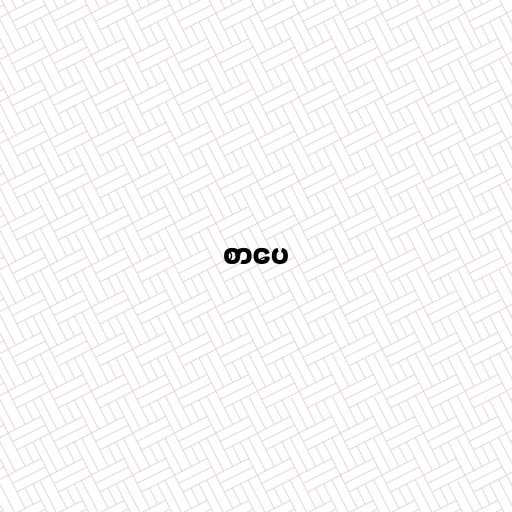
စာပေ